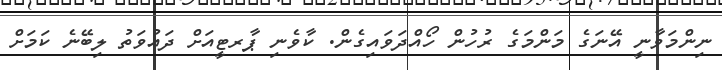
ނިންމަވާނީ އޭނަގެ މަންމަގެ ރުހުން ހޯއްދަވައިގެން. ކާވެނި ޕާރޓީއަށް ދައުވަތު ލިބޭނެ ކަމަށް